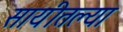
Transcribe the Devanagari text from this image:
सायीतल्या